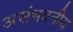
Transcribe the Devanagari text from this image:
असंभवनीय